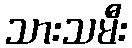
သားသမီး